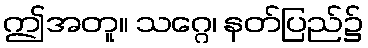
ဤအတူ။ သဂ္ဂေ၊ နတ်ပြည်၌